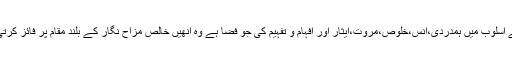
ان کے اسلوب میں ہمدردی،انس،خلوص،مروت،ایثار اور افہام و تفہیم کی جو فضا ہے وہ انھیں خالص مزاح نگار کے بلند مقام پر فائز کرتی ہے۔